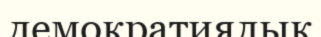
демократиялык